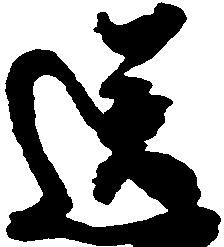
送